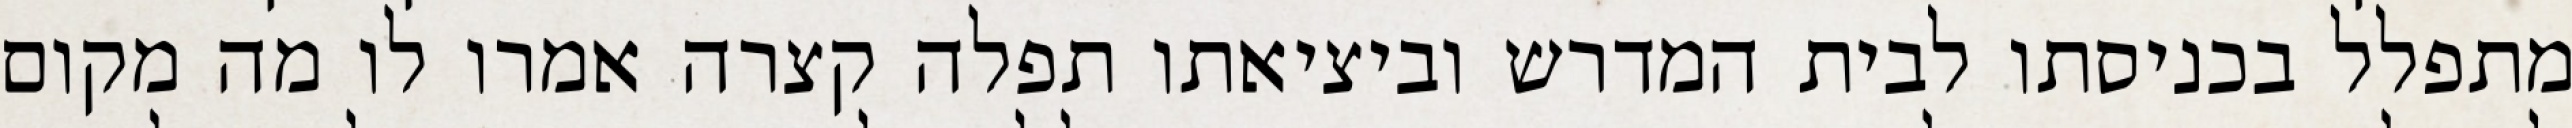
מתפלל בכניסתו לבית המדרש וביציאתו תפלה קצרה אמרו לו מה מקום